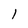
Character: l